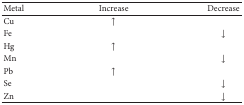
| Metal | Increase | Decrease |
 | --- | --- | --- |
 | Cu | ↑ |  |
 | Fe |  | ↓ |
 | Hg | ↑ |  |
 | Mn |  | ↓ |
 | Pb | ↑ |  |
 | Se |  | ↓ |
 | Zn |  | ↓ |